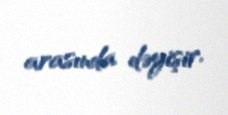
arasında dəyişir.